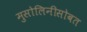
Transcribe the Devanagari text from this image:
मुसोलिनीसोबत